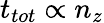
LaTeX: t_{tot}\propto n_{z}